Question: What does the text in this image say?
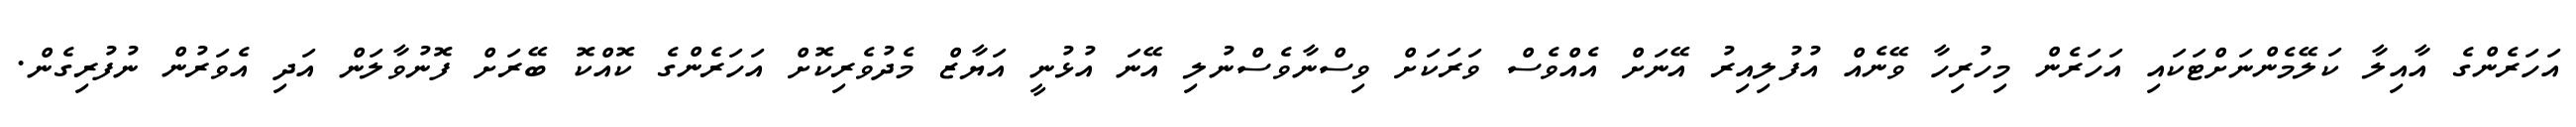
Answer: އަހަރެންގެ އާއިލާ ކަލޭމެންނަށްޓަކައި އަހަރެން މިހުރިހާ ވޭނެއް އުފުލިއިރު އޭނަށް އެއްވެސް ވަރަކަށް ވިސްނާވެސްނުލި އޭނަ އުޅުނީ އަޔާޒް މެދުވެރިކޮށް އަހަރެންގެ ކޮއްކޮ ބޭރަށް ފޮނުވާލަން އަދި އެވަރުން ނުފުރިގެން.